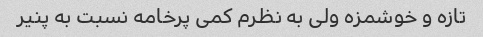
تازه و خوشمزه ولی به نظرم کمی پرخامه نسبت به پنیر